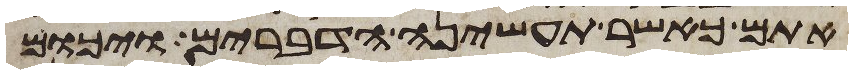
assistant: אתם כאשר תעשינה הדברים ויכום